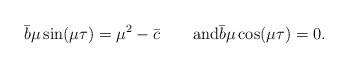
\begin{align*}\bar{b}\mu\sin(\mu\tau) = \mu^2 - \bar{c}\qquad\mbox{and}\bar{b}\mu\cos(\mu\tau) = 0.\end{align*}